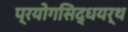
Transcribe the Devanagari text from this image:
प्रयोगसिद्धयर्थ